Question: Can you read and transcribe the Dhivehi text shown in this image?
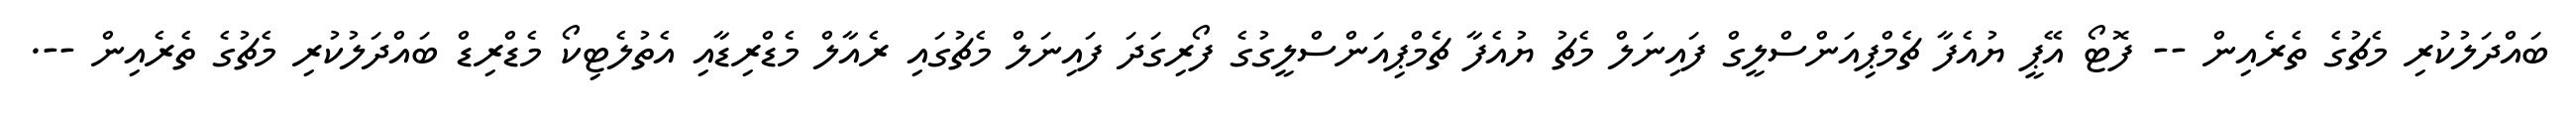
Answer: ބައްދަލުކުރި މެޗުގެ ތެރެއިން -- ފޮޓޯ އޭޕީ ޔުއެފާ ޗެމްޕިއަންސްލީގް ފައިނަލް މެޗު ޔުއެފާ ޗެމްޕިއަންސްލީގުގެ ފޯރިގަދަ ފައިނަލް މެޗުގައި ރެއާލް މެޑްރިޑާއި އެތުލެޓިކޯ މެޑްރިޑް ބައްދަލުކުރި މެޗުގެ ތެރެއިން --.